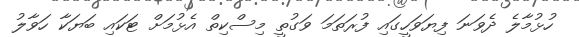
ހުޅުމާލެ ދެވަނަ ފިޔަަވަހީގައި ފުރަތަމަ ވަގުތީ މިސްކިތް އެޅުމަށް ޓަަކައި ބަޔަކާ ހަވާލު